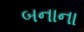
બનાના